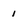
Character: 1